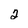
Character: 2